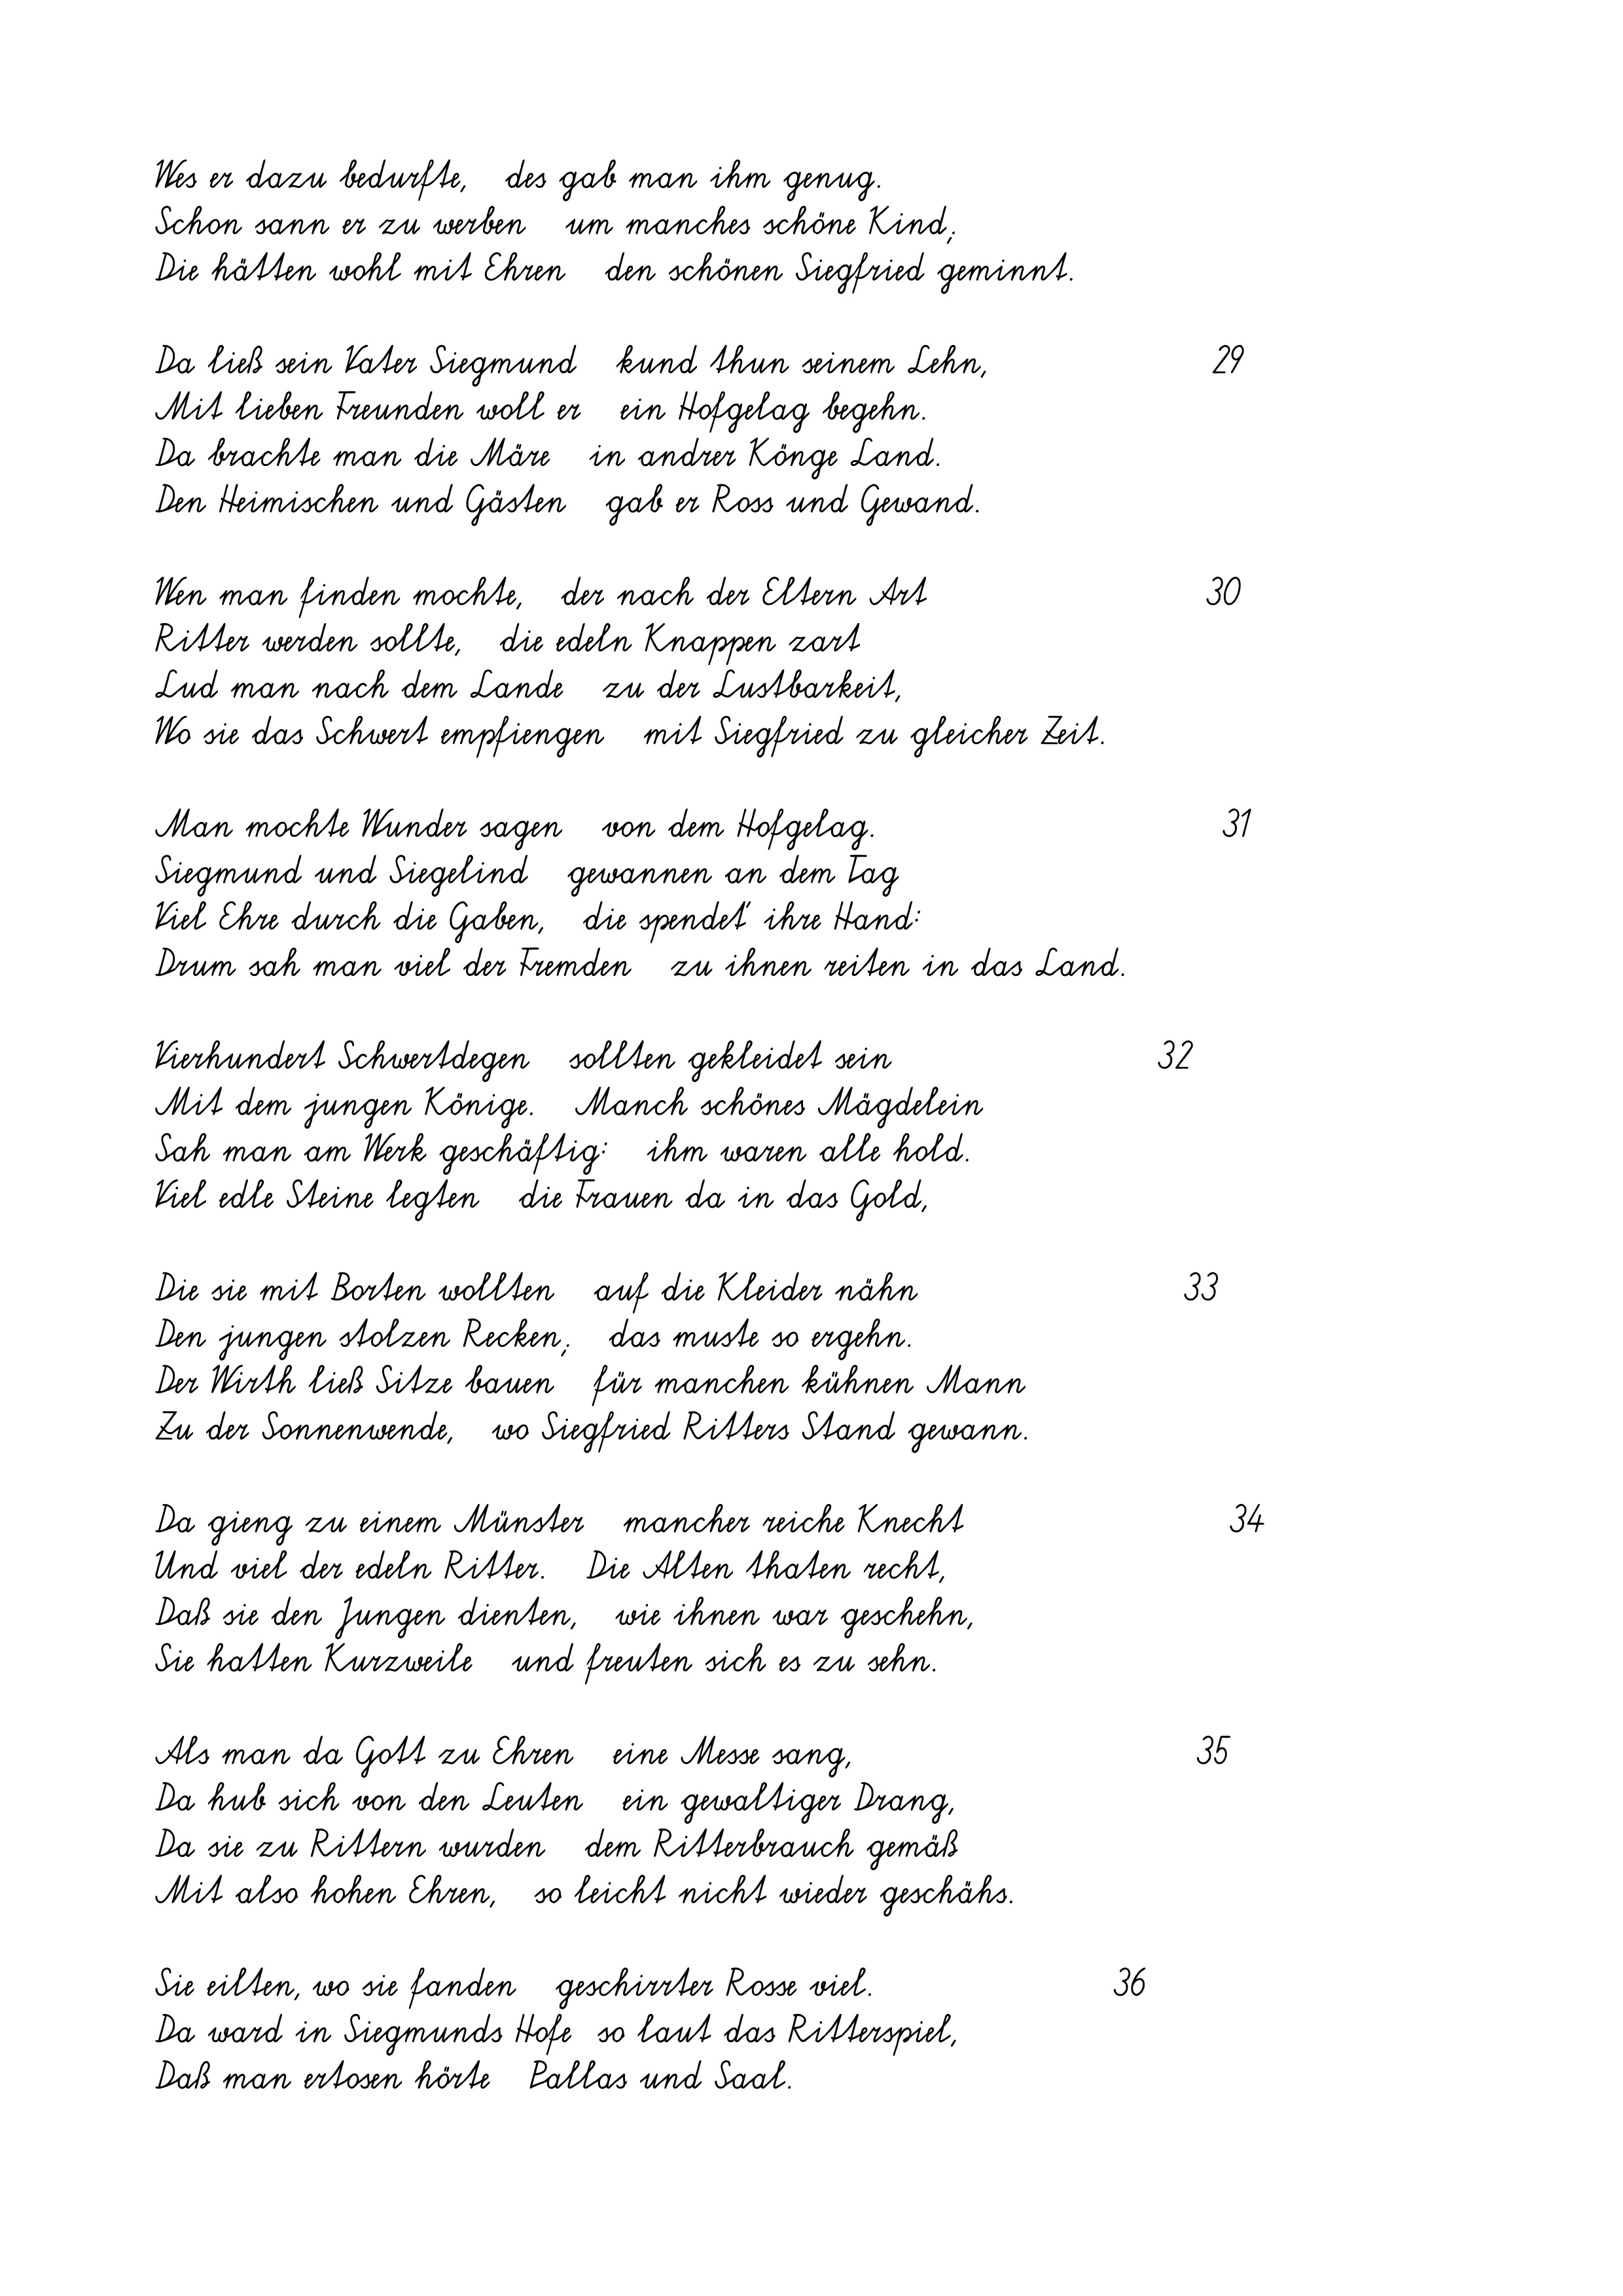
Wes er dazu bedurfte,   des gab man ihm genug.
Schon sann er zu werben   um manches schöne Kind;
Die hätten wohl mit Ehren   den schönen Siegfried geminnt.
Da ließ sein Vater Siegmund   kund thun seinem Lehn,
Mit lieben Freunden woll er   ein Hofgelag begehn.
Da brachte man die Märe   in andrer Könge Land.
Den Heimischen und Gästen   gab er Ross und Gewand.
Wen man finden mochte,   der nach der Eltern Art
Ritter werden sollte,   die edeln Knappen zart
Lud man nach dem Lande   zu der Lustbarkeit,
Wo sie das Schwert empfiengen   mit Siegfried zu gleicher Zeit.
Man mochte Wunder sagen   von dem Hofgelag.
Siegmund und Siegelind   gewannen an dem Tag
Viel Ehre durch die Gaben,   die spendet' ihre Hand:
Drum sah man viel der Fremden   zu ihnen reiten in das Land.
Vierhundert Schwertdegen   sollten gekleidet sein
Mit dem jungen Könige.   Manch schönes Mägdelein
Sah man am Werk geschäftig:   ihm waren alle hold.
Viel edle Steine legten   die Frauen da in das Gold,
Die sie mit Borten wollten   auf die Kleider nähn
Den jungen stolzen Recken;   das muste so ergehn.
Der Wirth ließ Sitze bauen   für manchen kühnen Mann
Zu der Sonnenwende,   wo Siegfried Ritters Stand gewann.
Da gieng zu einem Münster   mancher reiche Knecht
Und viel der edeln Ritter.   Die Alten thaten recht,
Daß sie den Jungen dienten,   wie ihnen war geschehn,
Sie hatten Kurzweile   und freuten sich es zu sehn.
Als man da Gott zu Ehren   eine Messe sang,
Da hub sich von den Leuten   ein gewaltiger Drang,
Da sie zu Rittern wurden   dem Ritterbrauch gemäß
Mit also hohen Ehren,   so leicht nicht wieder geschähs.
Sie eilten, wo sie fanden   geschirrter Rosse viel.
Da ward in Siegmunds Hofe  so laut das Ritterspiel,
Daß man ertosen hörte   Pallas und Saal.

36

32

33

29
30

34